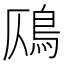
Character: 𩾸